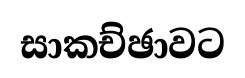
සාකච්ඡාවට